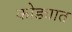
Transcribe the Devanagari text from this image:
कोड्यात